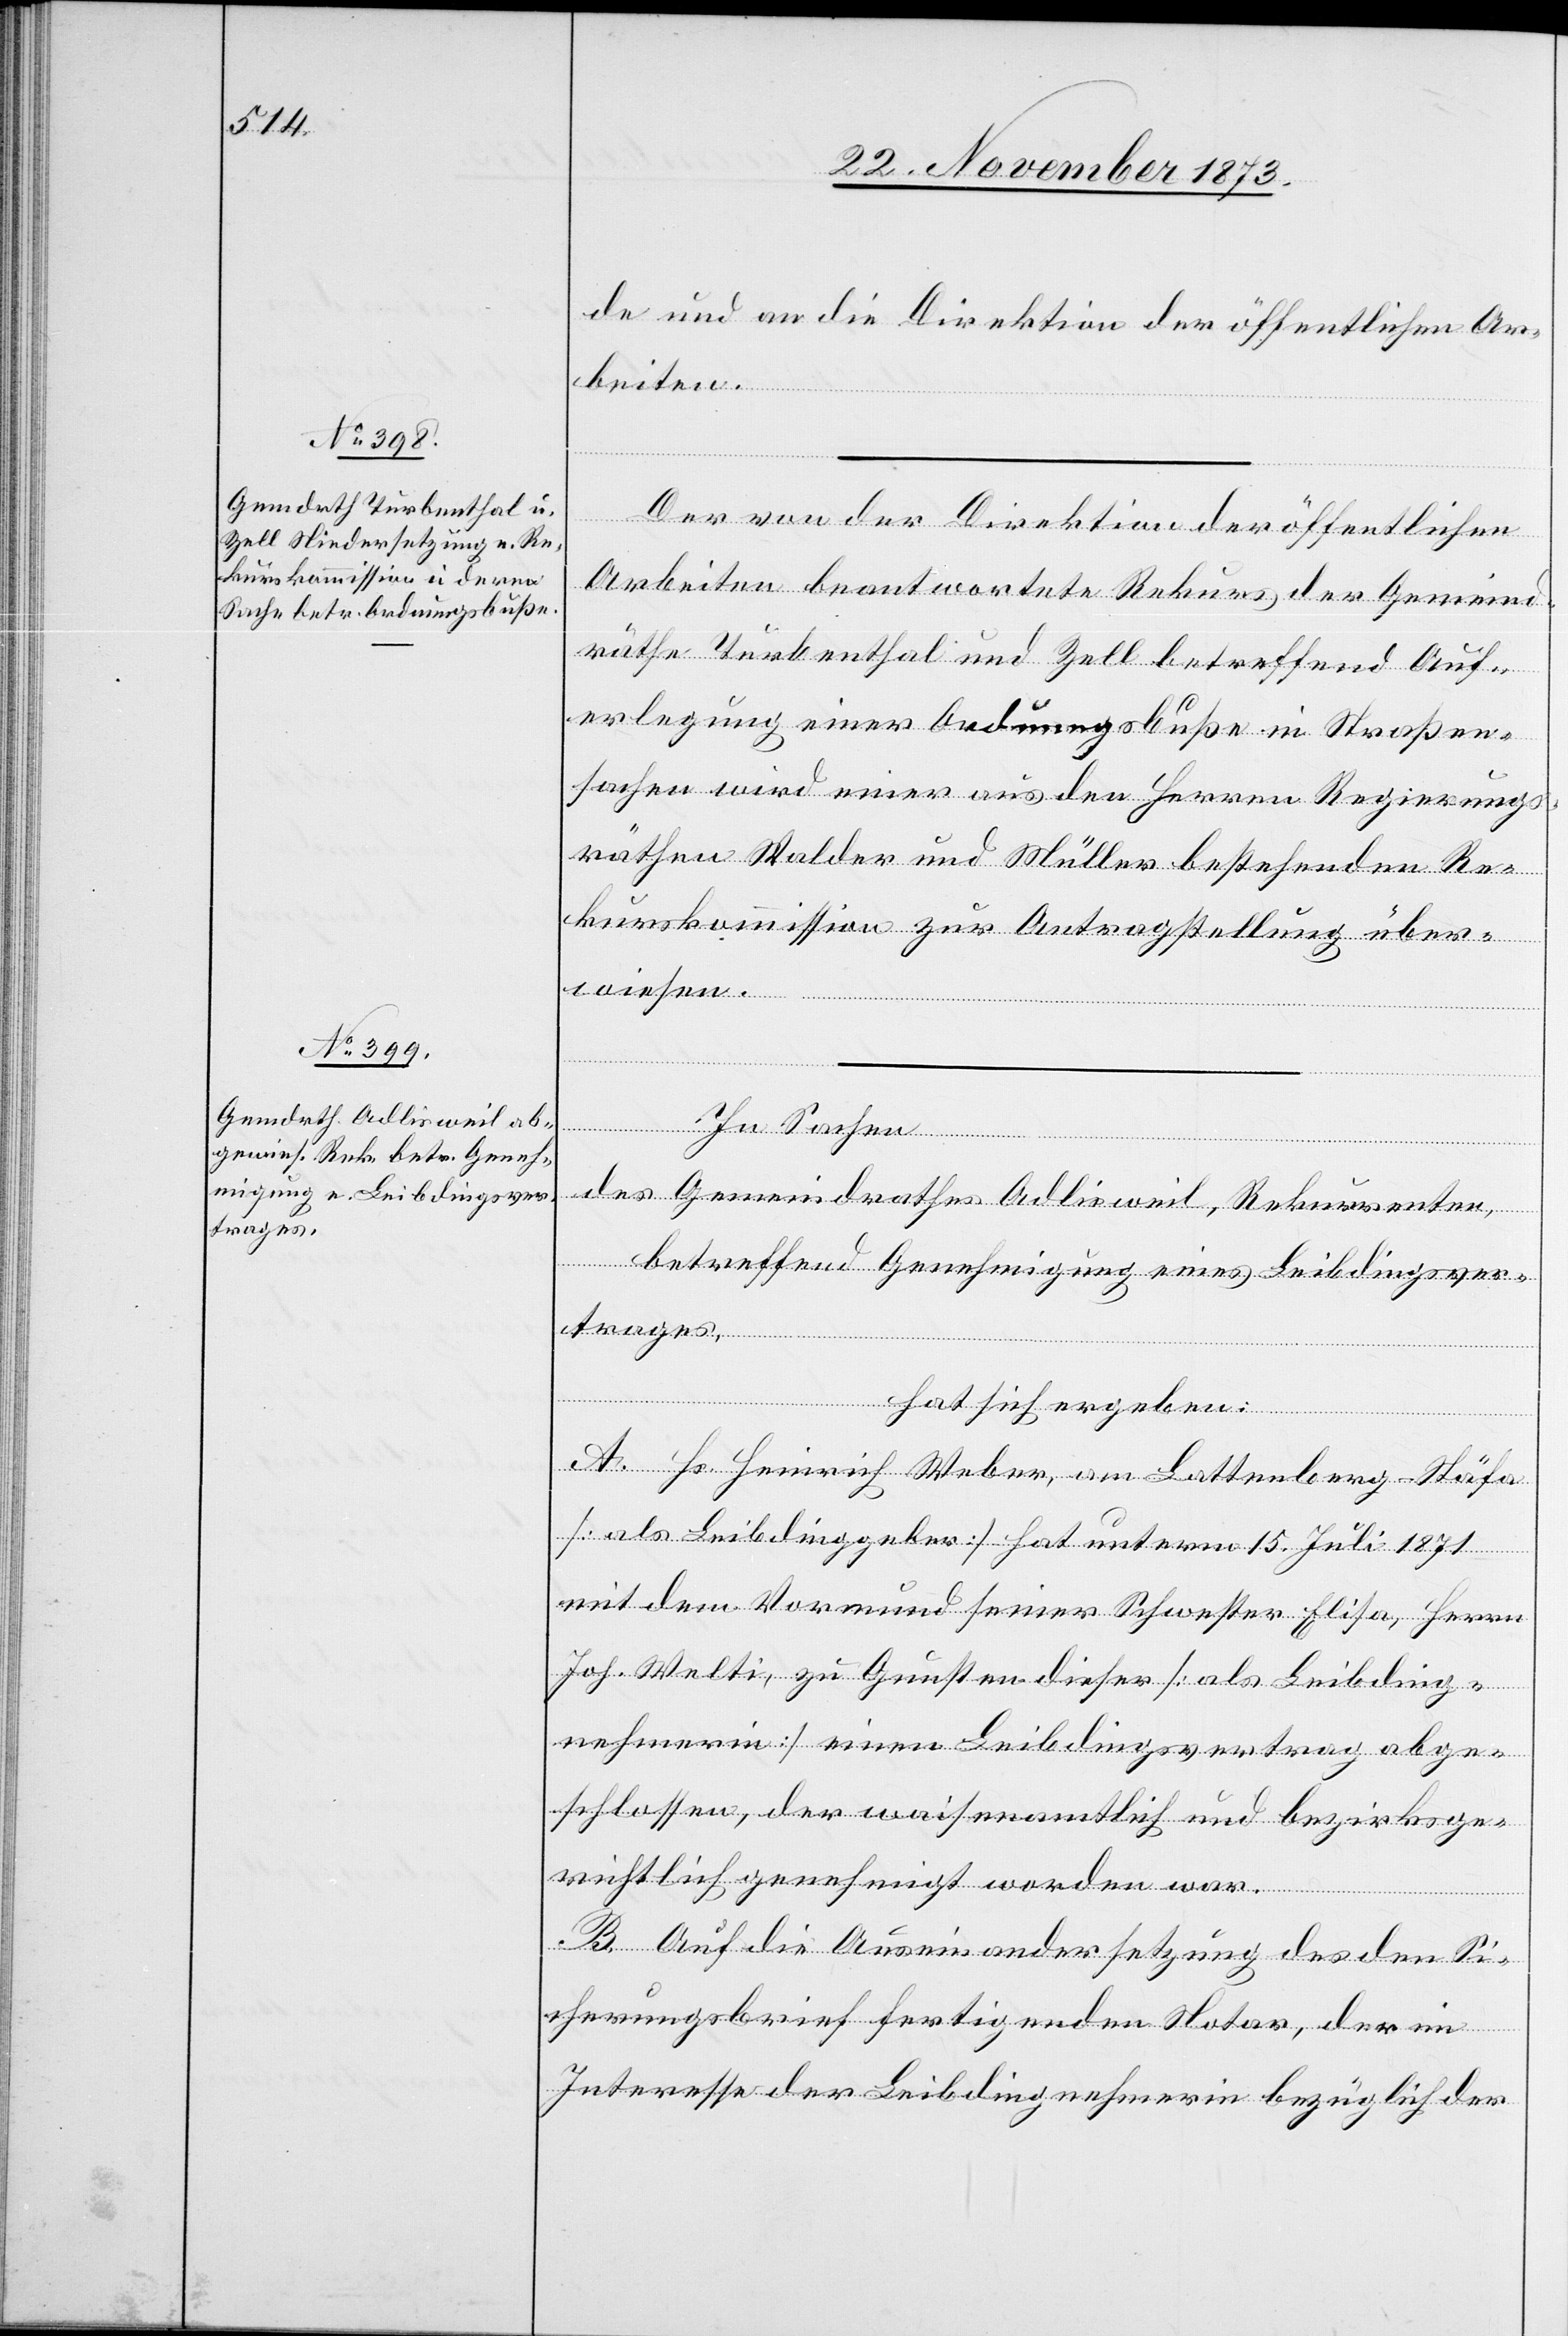
de und an die Direktion der öffentlichen Ar¬
beiten.
Der von der Direktion der öffentlichen
Arbeiten beantwortete Rekurs der Gemeind¬
räthe Turbenthal und Zell betreffend Auf¬
erlegung einer Ordnungsbuße in Straßen¬
sachen wird einer aus den Herren Regierungs¬
räthen Walder und Müller bestehenden Re¬
kurskommission zur Antragstellung über¬
wiesen.
des Gemeindrathes Adlisweil, Rekurrenten,
betreffend Genehmigung eines Leibdingsver¬
trages,
hat sich ergeben:
A. Hs. Heinrich Weber, am Lattenberg - Stäfa
[als Leibdinggeber] hat unterm 15. Juli 1871
mit dem Vormund seiner Schwester Elisa, Herrn
Joh. Welti, zu Gunsten dieser [als Leibding¬
nehmerin] einen Leibdingsvertrag abge¬
schlossen, der waisenamtlich und bezirksge¬
richtlich genehmigt worden war.
B. Auf die Auseinandersetzung des den Si¬
cherungsbrief fertigenden Notar, der im
Interesse der Leibdingnehmerin bezüglich der